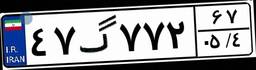
۴۷گ۷۷۲۶۷